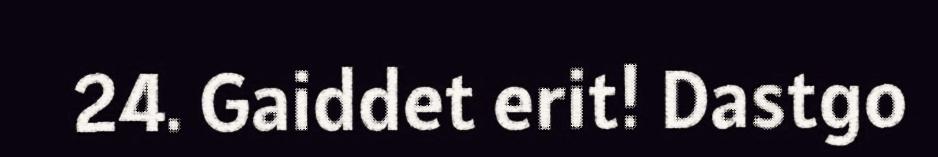
24. Gaiddet erit! Dastgo